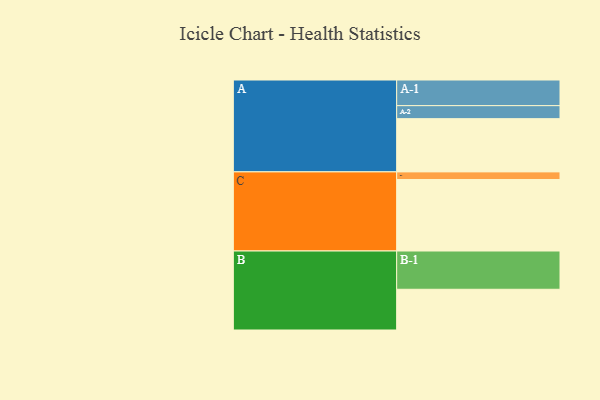
{"axis": {"x": "Segment", "y": "Value"}, "legend": ["", "A", "B", "C"], "data": [{"x": "A", "y": 413, "type": ""}, {"x": "B", "y": 316, "type": ""}, {"x": "C", "y": 555, "type": ""}, {"x": "A-1", "y": 199, "type": "A"}, {"x": "A-2", "y": 101, "type": "A"}, {"x": "B-1", "y": 297, "type": "B"}, {"x": "C-1", "y": 59, "type": "C"}]}